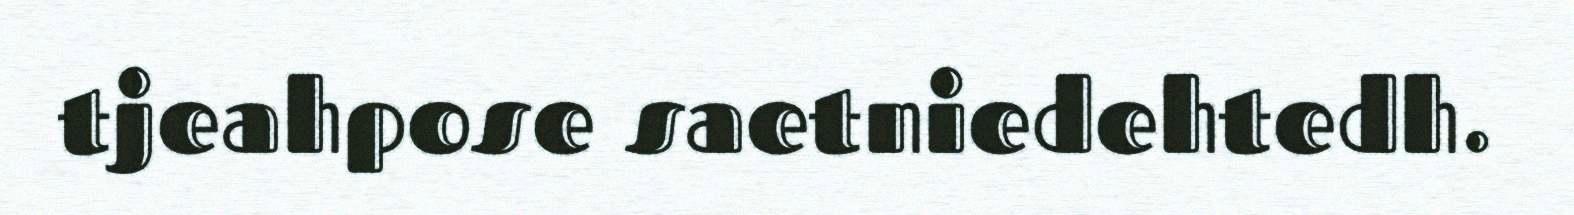
tjeahpose saetniedehtedh.